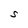
Character: S